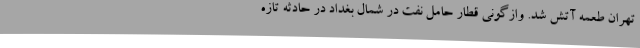
تهران طعمه آتش شد. وازگونی قطار حامل نفت در شمال بغداد در حادثه تازه